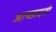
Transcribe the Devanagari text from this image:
आच्छादली